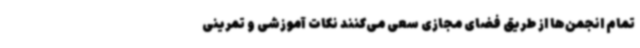
تمام انجمن‌ها از طریق فضای مجازی سعی می‌کنند نکات آموزشی و تمرینی